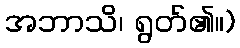
အဘာသိ၊ ရွတ်၏။)